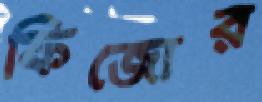
ফিজোর